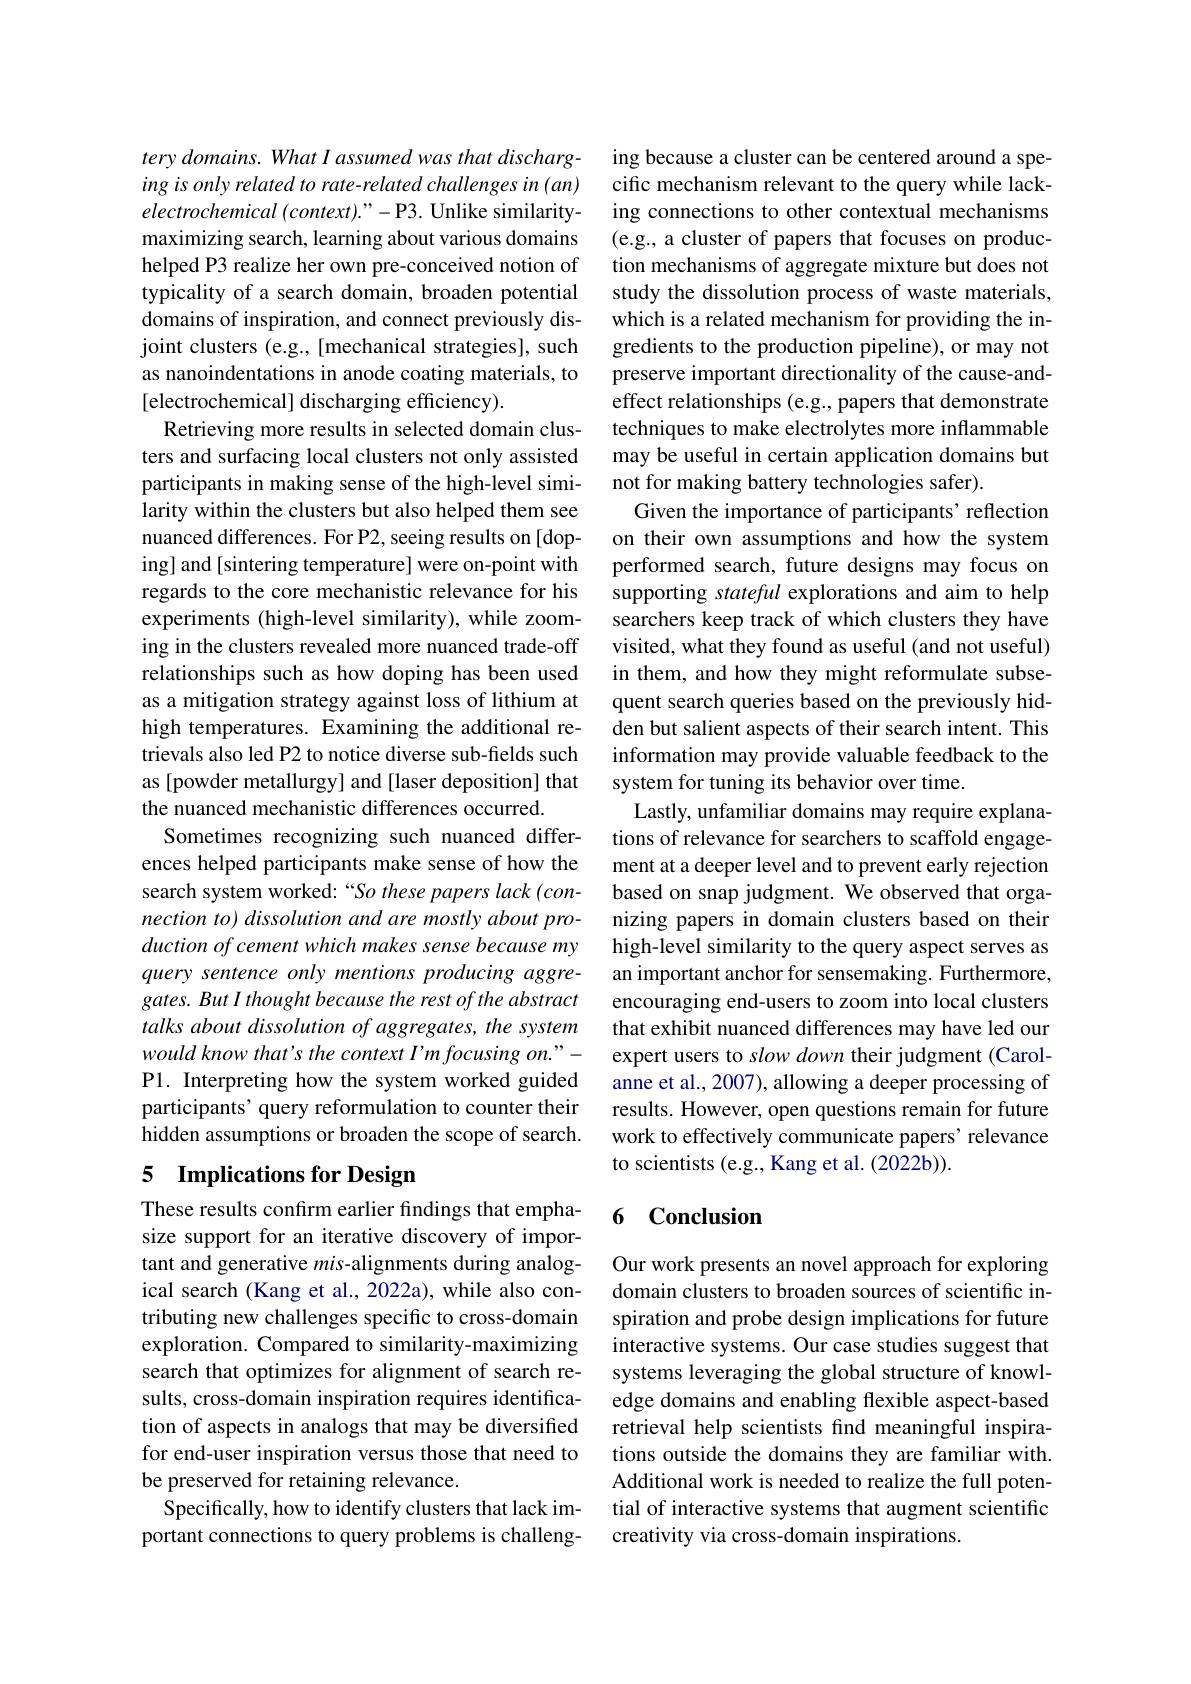
tery domains. What I assumed was that discharging is only related to rate-related challenges in (an) $electrochemical\left(context\right)."-$P3. Unlike similaritymaximizing search, learning about various domains helped P3 realize her own pre-conceived notion of typicality of a search domain, broaden potential domains of inspiration, and connect previously disjoint clusters (e.g., [mechanical strategies], such as nanoindentations in anode coating materials, to [electrochemical] discharging efficiency).
Retrieving more results in selected domain clusters and surfacing local clusters not only assisted participants in making sense of the high-level similarity within the clusters but also helped them see nuanced differences. For P2, seeing results on [doping] and [sintering temperature] were on-point with regards to the core mechanistic relevance for his experiments (high-level similarity), while zooming in the clusters revealed more nuanced trade-off relationships such as how doping has been used as a mitigation strategy against loss of lithium at high temperatures. Examining the additional retrievals also led P2 to notice diverse sub-fields such as [powder metallurgy] and [laser deposition] that the nuanced mechanistic differences occurred.
Sometimes recognizing such nuanced differences helped participants make sense of how the search system worked: “So these papers lack (connection to) dissolution and are mostly about production of cement which makes sense because my query sentence only mentions producing aggregates. But I thought because the rest of the abstract talks about dissolution of aggregates, the system would know that's the context I'm focusing on."- P1. Interpreting how the system worked guided participants' query reformulation to counter their hidden assumptions or broaden the scope of search. 5 Implications for Design

These results confirm earlier findings that emphasize support for an iterative discovery of important and generative mis-alignments during analogical search (Kang et al., 2022a), while also contributing new challenges specific to cross-domain exploration. Compared to similarity-maximizing search that optimizes for alignment of search results, cross-domain inspiration requires identification of aspects in analogs that may be diversified for end-user inspiration versus those that need to be preserved for retaining relevance.
Specifically, how to identify clusters that lack important connections to query problems is challeng-

ing because a cluster can be centered around a specific mechanism relevant to the query while lacking connections to other contextual mechanisms (e.g., a cluster of papers that focuses on production mechanisms of aggregate mixture but does not study the dissolution process of waste materials, which is a related mechanism for providing the ingredients to the production pipeline), or may not preserve important directionality of the cause-andeffect relationships (e.g., papers that demonstrate techniques to make electrolytes more inflammable may be useful in certain application domains but not for making battery technologies safer).
Given the importance of participants' reflection on their own assumptions and how the system performed search, future designs may focus on supporting stateful explorations and aim to help searchers keep track of which clusters they have visited, what they found as useful (and not useful) in them, and how they might reformulate subsequent search queries based on the previously hidden but salient aspects of their search intent. This information may provide valuable feedback to the system for tuning its behavior over time.
Lastly, unfamiliar domains may require explanations of relevance for searchers to scaffold engagement at a deeper level and to prevent early rejection based on snap judgment. We observed that organizing papers in domain clusters based on their high-level similarity to the query aspect serves as an important anchor for sensemaking. Furthermore, encouraging end-users to zoom into local clusters that exhibit nuanced differences may have led our expert users to slow down their judgment (Carolanne et al., 2007), allowing a deeper processing of results. However, open questions remain for future work to effectively communicate papers' relevance to scientists (e.g., Kang et al. (2022b)).

### 6 Conclusion

Our work presents an novel approach for exploring domain clusters to broaden sources of scientific inspiration and probe design implications for future interactive systems. Our case studies suggest that systems leveraging the global structure of knowledge domains and enabling flexible aspect-based retrieval help scientists find meaningful inspirations outside the domains they are familiar with. Additional work is needed to realize the full potential of interactive systems that augment scientific creativity via cross-domain inspirations.